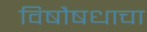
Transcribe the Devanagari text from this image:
विषौषधाचा